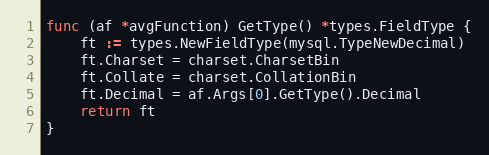
Language: Go
func (af *avgFunction) GetType() *types.FieldType {
	ft := types.NewFieldType(mysql.TypeNewDecimal)
	ft.Charset = charset.CharsetBin
	ft.Collate = charset.CollationBin
	ft.Decimal = af.Args[0].GetType().Decimal
	return ft
}